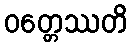
ဝတ္တေဿတိ